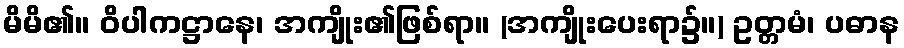
မိမိ၏။ ဝိပါကဋ္ဌာနေ၊ အကျိုး၏ဖြစ်ရာ။ (အကျိုးပေးရာ၌။) ဥတ္တမံ၊ ပဓာန